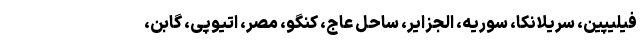
فیلیپین، سریلانکا، سوریه، الجزایر، ساحل عاج، کنگو، مصر، اتیوپی، گابن،